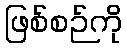
ဖြစ်စဉ်ကို